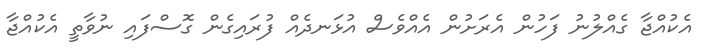
އެކުއްޖާ ގެއްލުނު ފަހުން އެރަށުން އެއްވެސް އުޅަނދެއް ފުރައިގެން ގޮސްފައި ނުވާތީ އެކުއްޖާ